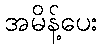
အမိန့်ပေး